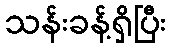
သန်းခန့်ရှိပြီး